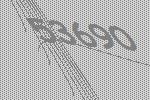
53690